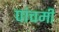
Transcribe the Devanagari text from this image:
पांचमी